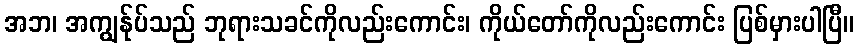
အဘ၊ အကျွန်ုပ်သည် ဘုရားသခင်ကိုလည်းကောင်း၊ ကိုယ်တော်ကိုလည်းကောင်း ပြစ်မှားပါပြီ။